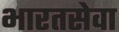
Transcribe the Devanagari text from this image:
भारतसेवा